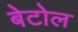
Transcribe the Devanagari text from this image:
बेटोल